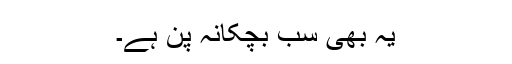
یہ بھی سب بچکانہ پن ہے۔